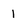
Character: 1